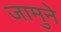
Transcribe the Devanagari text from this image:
जामुने